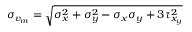
{ \sigma _ { v _ { m } } } = \sqrt { \sigma _ { x } ^ { 2 } + \sigma _ { y } ^ { 2 } - \sigma _ { x } \sigma _ { y } + 3 \tau _ { x _ { y } } ^ { 2 } }